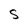
Character: s